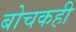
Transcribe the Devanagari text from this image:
बोचकही